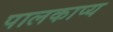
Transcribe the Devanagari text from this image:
पालकाप्य